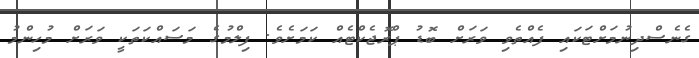
ގެނެސްދިނުމަށްޓަކައި ފެއްތެވި ވަރަށް ބޮޑު ޕްރޮޖެކްޓެއް ކަމަށެވެ. ފިލްމުގެ މަސައްކަތަކީ ވަރަށް މުހިންމު